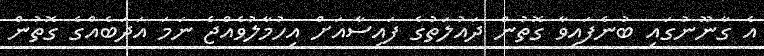
އެ ގާނޫނުގައި ބުނެފައިވާ ގޮތުން ދައުލަތުގެ ފައިސާއަށް އިހުމާލުވެއްޖެ ނަމަ އަދަބެއްގެ ގޮތުން